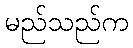
မည်သည်က